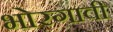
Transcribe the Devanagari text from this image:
भोरगावी